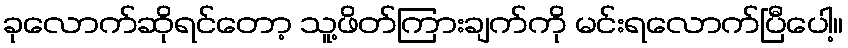
ခုလောက်ဆိုရင်တော့ သူ့ဖိတ်ကြားချက်ကို မင်းရလောက်ပြီပေါ့။